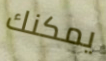
يمكنك